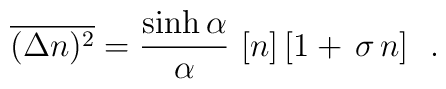
\overline{(\Delta n)^2}=\frac{\sinh\alpha}{\alpha} \, \, [n]\,[1+\, \sigma \, n] \ \ .